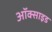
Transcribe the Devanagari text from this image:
अॉक्साइड